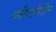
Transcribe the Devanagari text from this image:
प्लीस्तोसीन